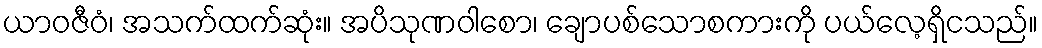
ယာဝဇီဝံ၊ အသက်ထက်ဆုံး။ အပိသုဏဝါစော၊ ချောပစ်သောစကားကို ပယ်လေ့ရှိငသည်။